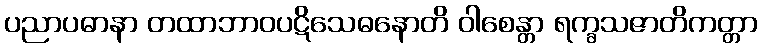
ပညာပဓာနာ တထာဘာဝပဋိသေဓနောတိ ဝါစေန္တာ ရက္ခသဇာတိကတ္တာ